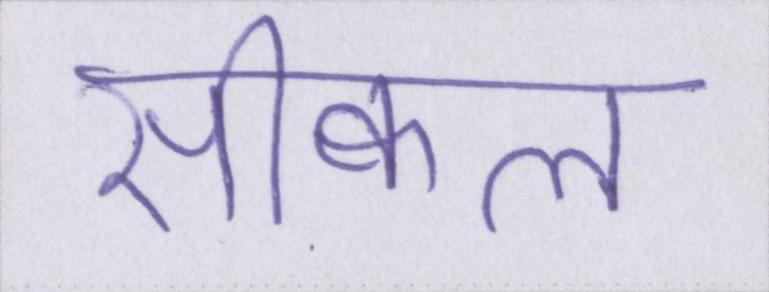
सीक्वल